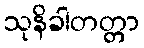
သုနိခါတတ္တာ